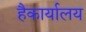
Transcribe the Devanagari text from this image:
हैकार्यालय